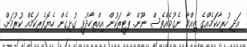
އަދި ހުރިހާކަމެއްގެ ޒިއްމާ ނެގުމެއްވެސް ނޫން. ޕާޓީތަކުން އިއްތިހާދުވީ ގުޅިގެން ހެޔޮވެރިކަމެއް ކުރުމަށް.